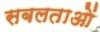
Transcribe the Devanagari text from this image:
सबलताओं